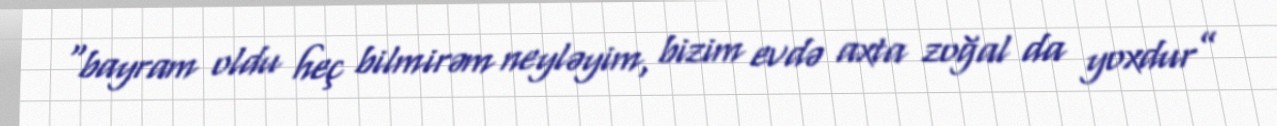
“bayram oldu heç bilmirəm neyləyim, bizim evdə axta zoğal da yoxdur”